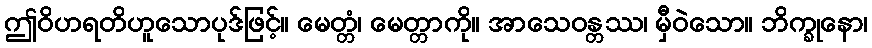
ဤဝိဟရတိဟူသောပုဒ်ဖြင့်။ မေတ္တံ၊ မေတ္တာကို။ အာသေဝန္တဿ၊ မှီဝဲသော။ ဘိက္ခုနော၊